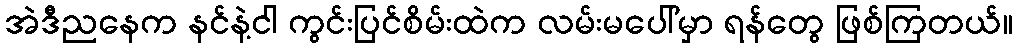
အဲဒီညနေက နင်နဲ့ငါ ကွင်းပြင်စိမ်းထဲက လမ်းမပေါ်မှာ ရန်တွေ ဖြစ်ကြတယ်။